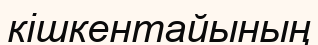
кішкентайының